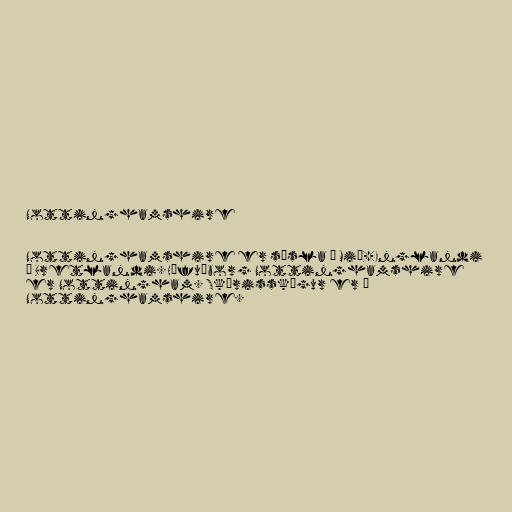
Nottinghamshire

Nottinghamshire er sýsla á Mið-Englandi
á Bretlandi. Höfuðborg Nottinghamshire
er Nottingham. Skírisskógur er í
Nottinghamshire.